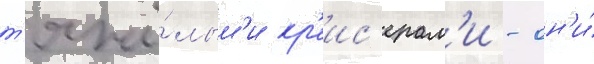
т'яжё́лым'и кр'еис'ерам'и - он'и́